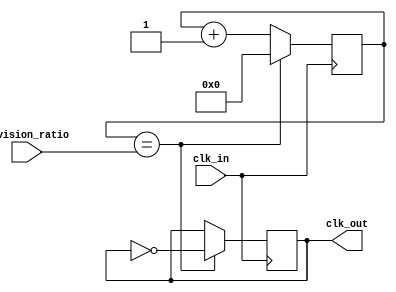
module fractional_clock_divider (
    input wire clk_in, // input clock signal
    input wire [7:0] division_ratio, // division ratio to be set
    output wire clk_out // output clock signal
);

reg [7:0] counter;
reg clk_out_reg; // synchronized output clock signal

always @ (posedge clk_in) begin
    if (counter == division_ratio) begin
        counter <= 0;
        clk_out_reg <= ~clk_out_reg; // toggle output clock signal
    end else begin
        counter <= counter + 1;
    end
end

assign clk_out = clk_out_reg;

endmodule